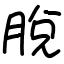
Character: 脫